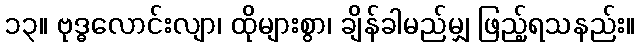
၁၃။ ဗုဒ္ဓလောင်းလျာ၊ ထိုများစွာ၊ ချိန်ခါမည်မျှ ဖြည့်ရသနည်း။